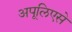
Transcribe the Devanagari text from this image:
अपूलिएसे